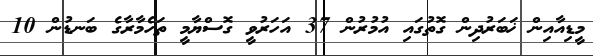
މީޑިއާއިން ޚަބަރުދިން ގޮތުގައި އުމުރުން 37 އަހަރުވީ ގޮސްޔާމީ ތަހެމާރާގެ ބަނޑުން 10